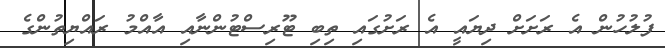
ފުލުހުން އެ ރަށަށް ދިޔައީ އެ ރަށުގައި ތިބި ޓޫރިސްޓުންނާއި އާއްމު ރައްޔިތުންގެ